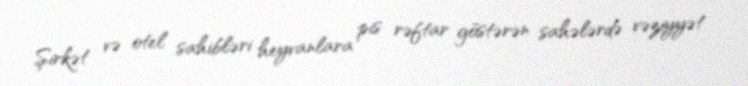
Şirkət və otel sahibləri heyvanlara pis rəftar göstərən sahələrdə vəziyyət